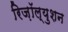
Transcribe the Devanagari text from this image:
रिज़ॉल्युशन